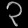
Digit: ၃